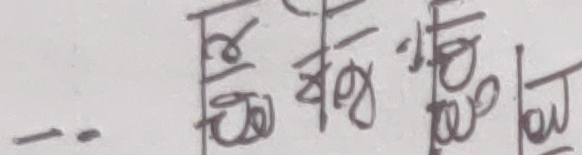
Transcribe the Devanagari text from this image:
-- रिट्ठुबु ठोनो गोडुला